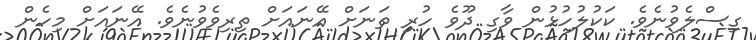
ގިސްލެވުނެވެ. ކަކުލުހުޅުން ވާގި ދޫވެ ހުރި ތަނަށް އޭނައަށް ތިރިވެވުނެވެ. އޭނައަށް މިހެން